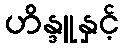
ဟိန္ဒူနှင့်